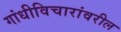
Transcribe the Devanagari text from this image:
गांधीविचारांवरील